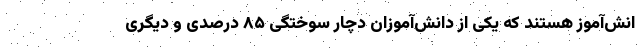
انش‌آموز هستند که یکی از دانش‌آموزان دچار سوختگی ۸۵ درصدی و دیگری